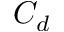
C _ { d }